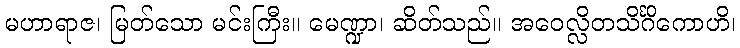
မဟာရာဇ၊ မြတ်သော မင်းကြီး။ မေဏ္ဍာ၊ ဆိတ်သည်။ အဝေလ္လိတသိင်္ဂိကောဟိ၊